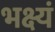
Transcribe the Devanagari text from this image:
भक्ष्यं